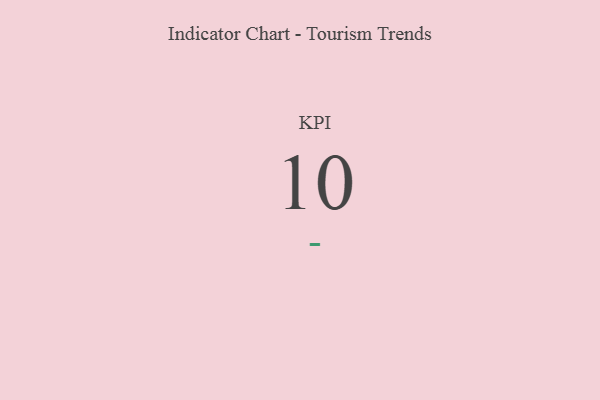
{"axis": {"x": "KPI", "y": "Value"}, "legend": [""], "data": [{"x": "KPI", "y": 10, "type": ""}]}